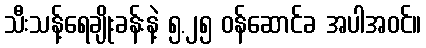
သီးသန့်ရေချိုးခန်းနဲ့ ၅.၂၅ ဝန်ဆောင်ခ အပါအဝင်။